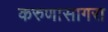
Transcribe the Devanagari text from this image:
करुणासागरा